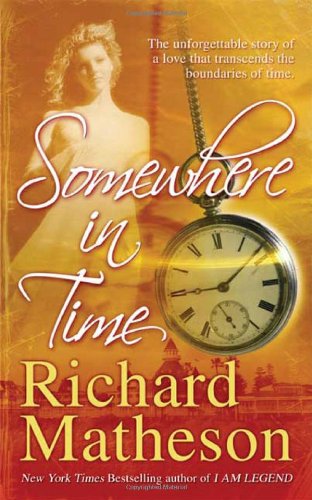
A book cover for Somewhere In Time; Richard Matheson; Romance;